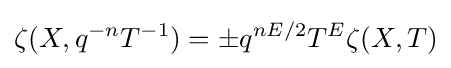
\zeta (X,q^{-n}T^{-1})=\pm q^{nE/2}T^{E}\zeta (X,T)